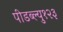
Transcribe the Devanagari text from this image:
पीडब्ल्यु१२३